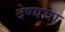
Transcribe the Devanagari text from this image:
देण्यचा